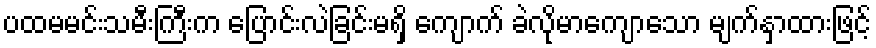
ပထမမင်းသမီးကြီးက ပြောင်းလဲခြင်းမရှိ ကျောက် ခဲလိုမာကျောသော မျက်နှာထားဖြင့်